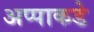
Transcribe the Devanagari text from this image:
अप्पाकडे